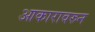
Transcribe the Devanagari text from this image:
आकारावरुन